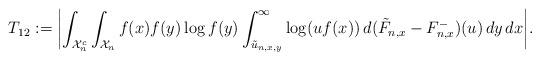
LaTeX: \begin{align*}T_{12} := \biggl|\int_{\mathcal{X}_n^c} \int_{\mathcal{X}_n} f(x)f(y) \log f(y) \int_{\tilde{u}_{n,x,y}}^\infty \log (uf(x)) \,d(\tilde{F}_{n,x}-F^-_{n,x})(u) \,dy \,dx\biggr|.\end{align*}